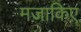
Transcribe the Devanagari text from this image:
मजाकिए